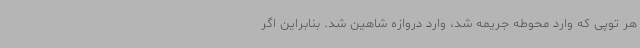
هر توپی که وارد محوطه جریمه شد، وارد دروازه شاهین شد. بنابراین اگر